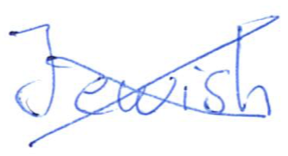
Text: Jewish
Cross-out: cross
Writing tool: ballpoint